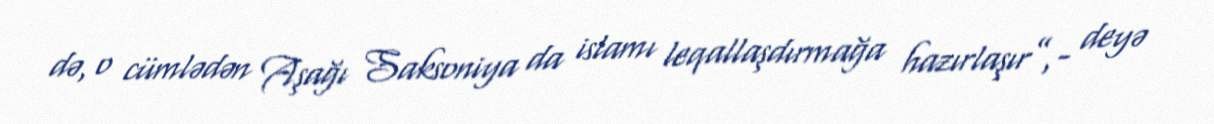
də, o cümlədən Aşağı Saksoniya da islamı leqallaşdırmağa hazırlaşır”,- deyə